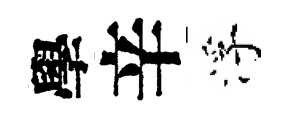
學辛浮